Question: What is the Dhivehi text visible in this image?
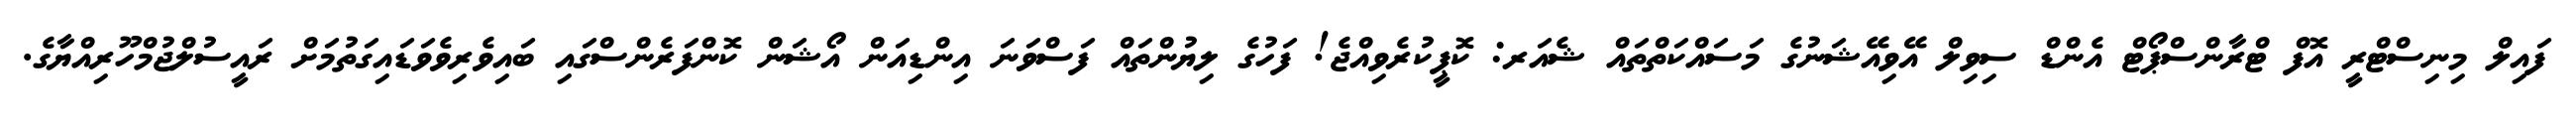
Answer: ފައިލް މިނިސްޓްރީ އޮފް ޓްރާންސްޕޯޓް އެންޑް ސިވިލް އޭވިއޭޝަނުގެ މަސައްކަތްތައް ޝެއަރ: ކޮޕީކުރެވިއްޖެ! ފަހުގެ ލިޔުންތައް ފަސްވަނަ އިންޑިއަން އޯޝަން ކޮންފަރެންސްގައި ބައިވެރިވެވަޑައިގަތުމަށް ރައީސުލްޖުމްހޫރިއްޔާގެ.